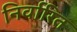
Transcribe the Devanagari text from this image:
निर्वारित